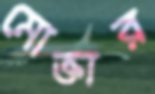
মোক্তার